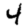
Digit: 4